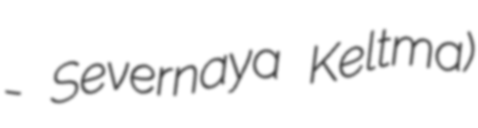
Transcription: - Severnaya Keltma)